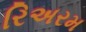
રિઅરમ